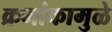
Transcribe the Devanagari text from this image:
क्रमांकामुळे